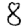
Digit: 8